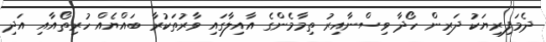
ދެމަފިރިޔަކު ދަރިން ހޯދާ ވިސްނާއިރު ތިމާމެންގެ އާއިލާގައި ވާރުތަކުރާ ބައްޔެއް ހުރިތޯއާއި އަދި